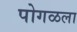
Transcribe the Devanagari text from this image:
पोगळला